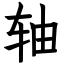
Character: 轴